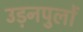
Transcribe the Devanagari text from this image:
उड़नपुलों